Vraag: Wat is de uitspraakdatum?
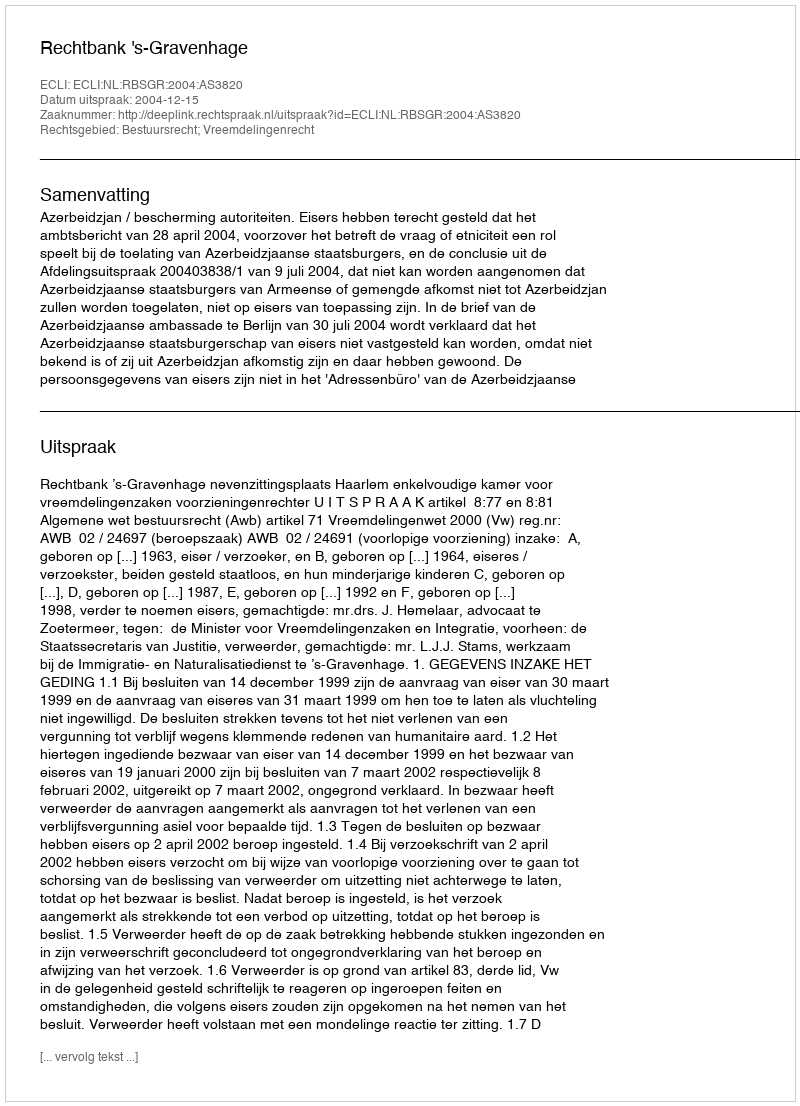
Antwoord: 2004-12-15